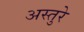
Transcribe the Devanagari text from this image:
अस्तुरे